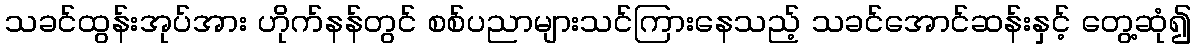
သခင်ထွန်းအုပ်အား ဟိုက်နန်တွင် စစ်ပညာများသင်ကြားနေသည့် သခင်အောင်ဆန်းနှင့် တွေ့ဆုံ၍